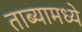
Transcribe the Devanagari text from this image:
ताब्यामध्ये